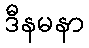
ဒီနမနာ